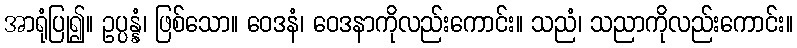
အာရုံပြု၍။ ဥပ္ပန္နံ၊ ဖြစ်သော။ ဝေဒနံ၊ ဝေဒနာကိုလည်းကောင်း။ သညံ၊ သညာကိုလည်းကောင်း။